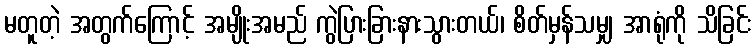
မတူတဲ့ အတွက်ကြောင့် အမျိုးအမည် ကွဲပြားခြားနားသွားတယ်၊ စိတ်မှန်သမျှ အာရုံကို သိခြင်း